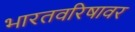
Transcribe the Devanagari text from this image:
भारतवरिषावर